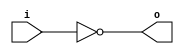
module inv(o,i);
input i;
output o;

assign o = ~i;

endmodule